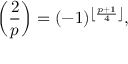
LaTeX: \left( { \frac { 2 } { p } } \right) = ( - 1 ) ^ { \left\lfloor { \frac { p + 1 } { 4 } } \right\rfloor } ,